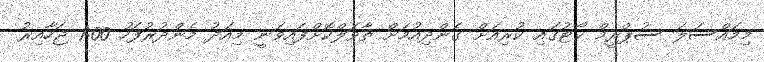
މިމައްސަލަ ސުޕްރީމް ކޯޓުގައި ކުރިއަށް ގެންދިއުމަށް ތާވަލްކޮށްފައިވަނީ މިއަދު މެންދުރުފަހު 1:00 ޖަހާއިރު